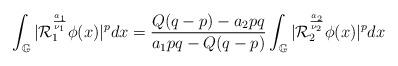
LaTeX: \begin{align*}\int_{\mathbb{G}}|\mathcal{R}_{1}^{\frac{a_{1}}{\nu_{1}}}\phi(x)|^{p}dx=\frac{Q(q-p)-a_{2}pq}{a_{1}pq-Q(q-p)}\int_{\mathbb{G}}|\mathcal{R}_{2}^{\frac{a_{2}}{\nu_{2}}}\phi(x)|^{p}dx\end{align*}